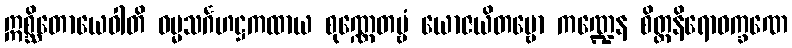
ဣစ္ဆိတောယေဝါတိ ဓမ္မသင်္ဂဟဋ္ဌကထာယ စုဏ္ဏေတဗ္ဗံ ယောဇယိတဗ္ဗော ကဏ္ဍေန စိတ္တနိရောဓက္ခဏေ